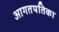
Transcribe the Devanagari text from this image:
आगतपतिका